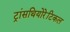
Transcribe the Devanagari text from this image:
ट्रांसथियोरेटिकल